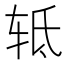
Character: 𰺀